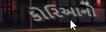
કોરિઆનો